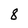
Character: 8